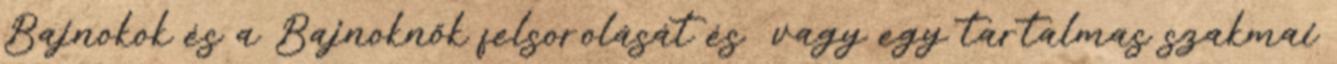
Bajnokok és a Bajnoknők felsorolását és vagy egy tartalmas szakmai